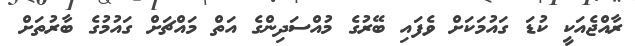
ރާއްޖެއަކީ ކުޑަ ގައުމަކަށް ވެފައި ބޭރުގެ މުއްސަދިންގެ އަތް މައްޗަށް ގައުމުގެ ބާރުތަށް